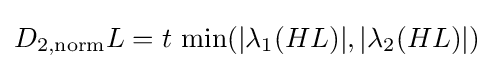
D_{2,\mathrm {norm} }L=t\,\min(|\lambda _{1}(HL)|,|\lambda _{2}(HL)|)